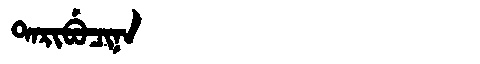
Manchu: ᡨᠠᡵᡳᠪᡠᠴᡳᠨᠠ
Romanization: TARIBUCINA